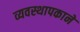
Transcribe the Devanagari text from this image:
व्यवस्थापकाने